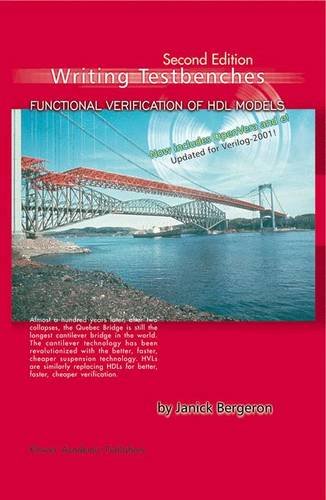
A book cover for Writing Testbenches: Functional Verification of HDL Models; Janick Bergeron; Computers & Technology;